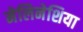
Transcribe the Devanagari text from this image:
मेलिनेशिया